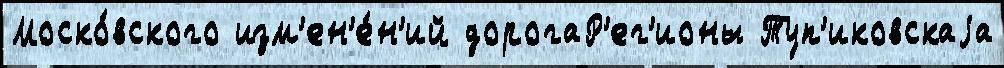
Моско́вского изм'ен'е́н'ий дорогаР'ег'ионы Туп'иковскаjа